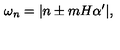
\omega _ { n } = | n \pm m H \alpha ^ { \prime } | ,